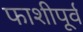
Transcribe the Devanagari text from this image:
फाशीपूर्व